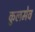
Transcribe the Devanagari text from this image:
कुलमेव